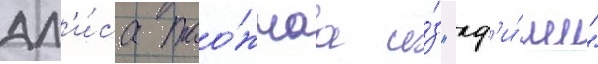
Ал'и́са тао́жнаа и́з "аф'и́ши"